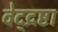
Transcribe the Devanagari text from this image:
वेद्द्रष्टा